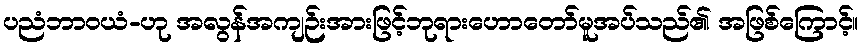
ပညံဘာဝယံ-ဟု အလွန်အကျဉ်းအားဖြင့်ဘုရားဟောတော်မူအပ်သည်၏ အဖြစ်ကြောင့်။